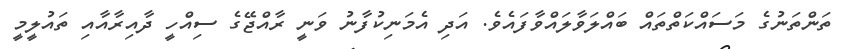
ތަންތަނުގެ މަސައްކަތްތައް ބައްލަވާލައްވާފައެވެ. އަދި އެމަނިކުފާނު ވަނީ ރާއްޖޭގެ ސިއްހީ ދާއިރާއާއި ތައުލީމީ